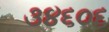
૩૪૬૦૬